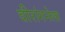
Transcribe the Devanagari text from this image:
वीरांगनेला